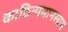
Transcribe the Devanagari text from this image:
काठिन्यमानसाय